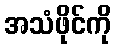
အသံဖိုင်ကို